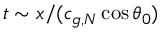
t \sim x / ( c _ { g , N } \cos \theta _ { 0 } )